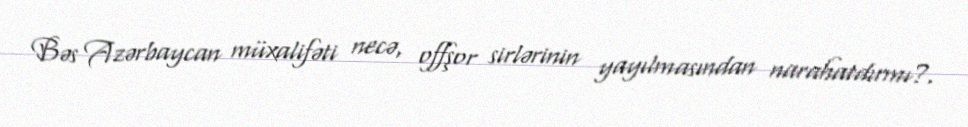
Bəs Azərbaycan müxalifəti necə, offşor sirlərinin yayılmasından narahatdırmı?.